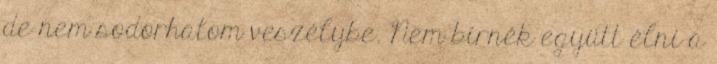
de nem sodorhatom veszélybe. Nem bírnék együtt élni a